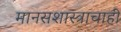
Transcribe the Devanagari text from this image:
मानसशास्त्राचाही